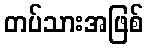
တပ်သားအဖြစ်